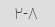
۲-۸